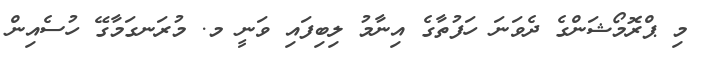
މި ޕްރޮމޯޝަންގެ ދެވަނަ ހަފުތާގެ އިނާމު ލިބިފައި ވަނީ މ. މުރަނގަމާގޭ ހުސެއިން